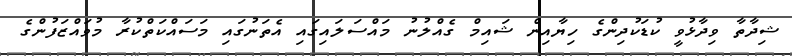
ޝިދާތާ ވިދާޅުވީ ކުޑަކުދިންގެ ހިޔާއިން ޝައިމް ގެއްލުނު މައްސަލައިގައި އެތަނުގައި މަސައްކަތްކުރާ މުވައްޒަފުންގެ